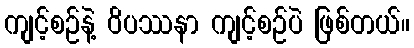
ကျင့်စဉ်နဲ့ ဝိပဿနာ ကျင့်စဉ်ပဲ ဖြစ်တယ်။